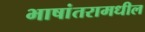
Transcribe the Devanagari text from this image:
भाषांतरामधील